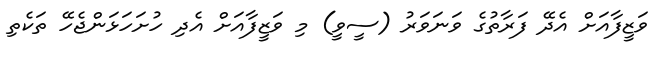
ވަޒީފާއަށް އެދޭ ފަރާތުގެ ވަނަވަރު (ސީވީ) މި ވަޒީފާއަށް އެދި ހުށަހަޅަންޖެހޭ ތަކެތި